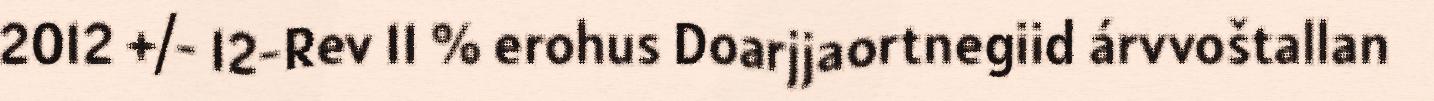
2012 +/- 12-Rev 11 % erohus Doarjjaortnegiid árvvoštallan